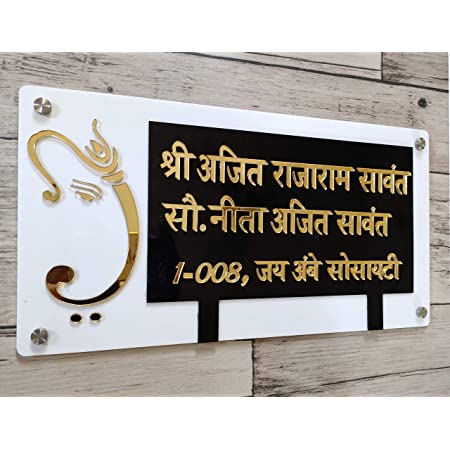
Language: marathi
Transcription: श्री अजित सावंत सौ. सावंत अंबे सोसायटी राजाराम जय अजित नीता